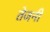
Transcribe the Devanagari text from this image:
तेजनी